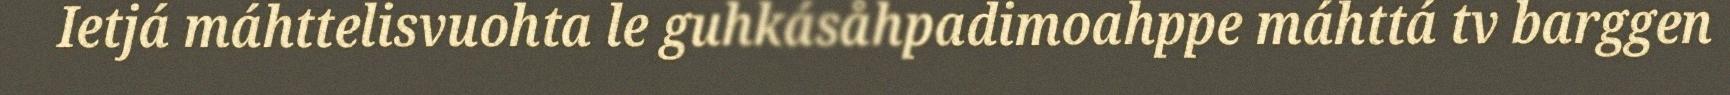
Ietjá máhttelisvuohta le guhkásåhpadimoahppe máhttá tv barggen